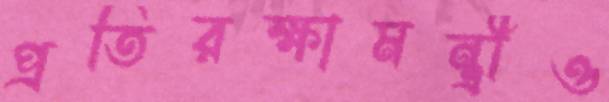
প্রতিরক্ষামন্ত্রীও